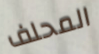
المحلف